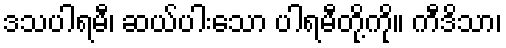
ဒသပါရမီ၊ ဆယ်ပါးသော ပါရမီတို့ကို။ ကီဒိသာ၊